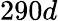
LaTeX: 290d